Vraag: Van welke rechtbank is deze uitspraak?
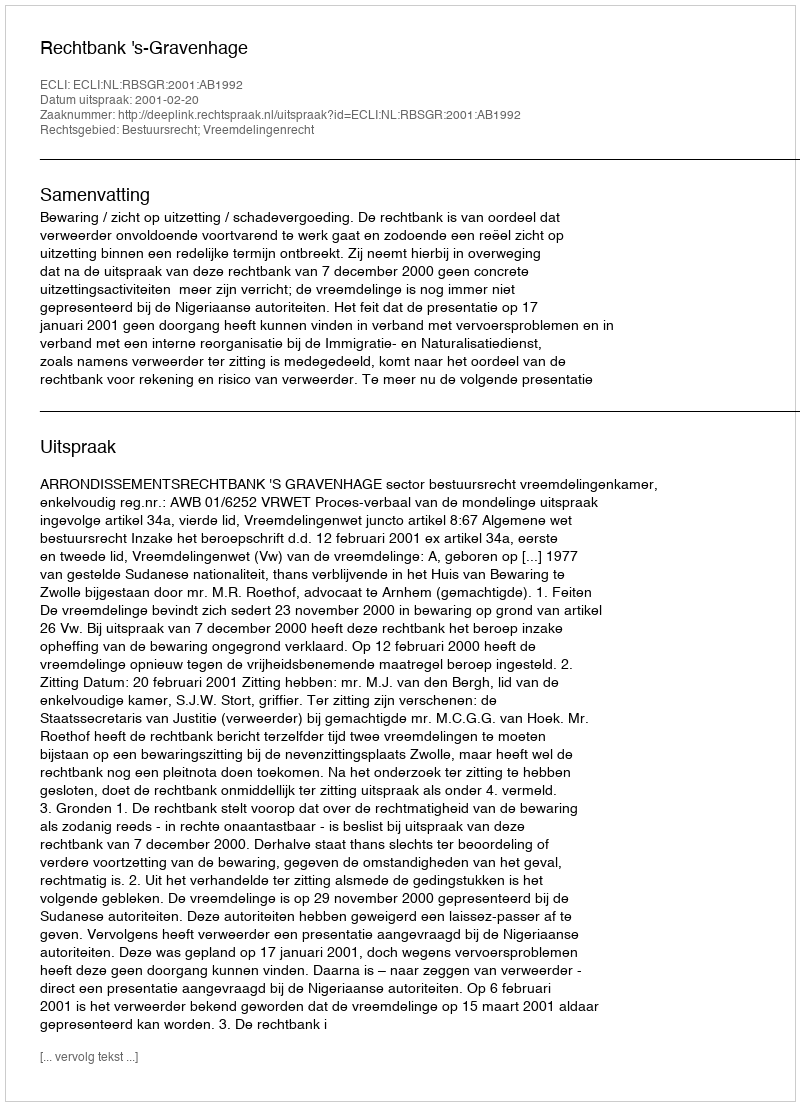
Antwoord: Rechtbank 's-Gravenhage